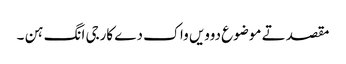
مقصد تے موضوع دوویں واک دے کارجی انگ ہن ۔